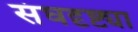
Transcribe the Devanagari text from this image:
संघदृष्ट्या